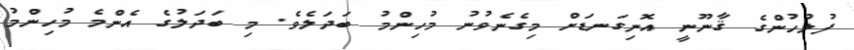
ފުލުހުންގެ ޤާނޫނީ އޮނިގަނޑަށް މިގެނެވުނު މުހިންމު ބަދަލެވެ. މި ބަދަލުގެ އެންމެ މުހިންމު